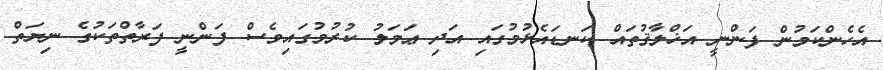
އެހެންކަމުން ފަންނީ އަޚްލާޤުތައް ކަނޑައެޅުމުގައި އަދި ޢަމަލު ކުރުމުގައިވެސް ފަންނީ ފަރާތްތަކުގެ ނިޔަތް